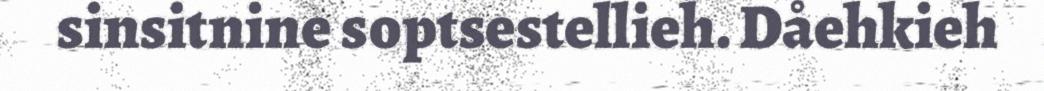
sinsitnine soptsestellieh. Dåehkieh